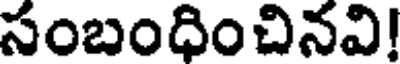
సంబంధించినవి!